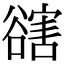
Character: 𧯆